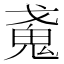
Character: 𢧩